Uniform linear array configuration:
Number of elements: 32
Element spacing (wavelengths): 0.5
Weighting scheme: kaiser
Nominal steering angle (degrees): -45
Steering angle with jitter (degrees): -45.827
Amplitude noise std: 0.05
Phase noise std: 0.05

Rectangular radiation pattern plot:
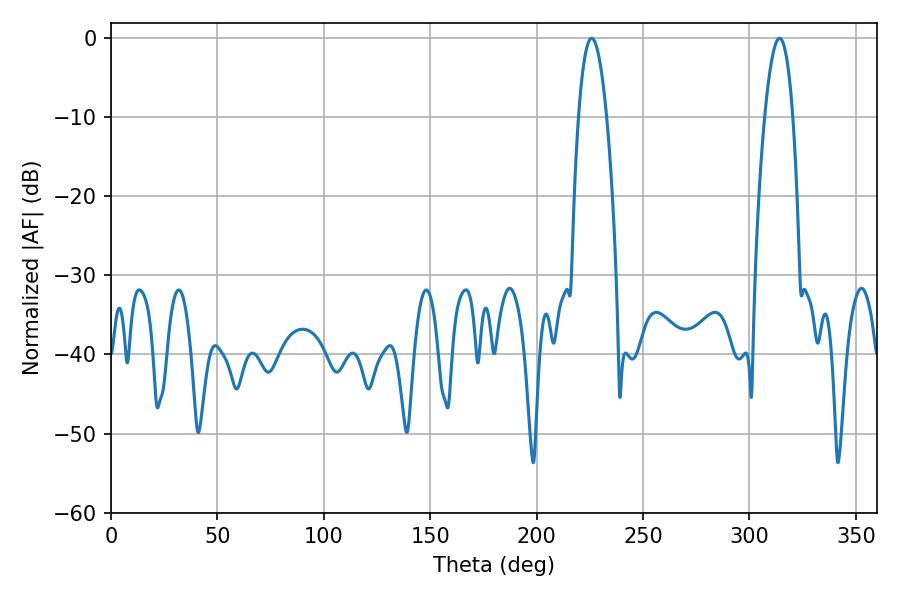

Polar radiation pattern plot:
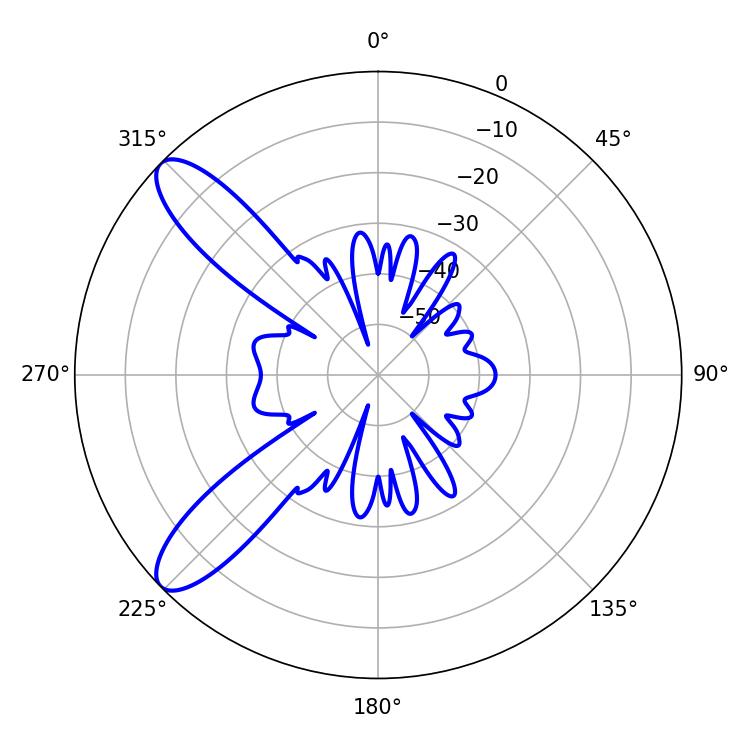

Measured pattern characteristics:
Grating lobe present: FALSE
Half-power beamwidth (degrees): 7.38
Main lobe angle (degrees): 225.9